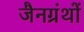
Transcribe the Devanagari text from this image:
जैनग्रंथों